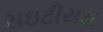
રાઇટીયસ